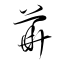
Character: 華